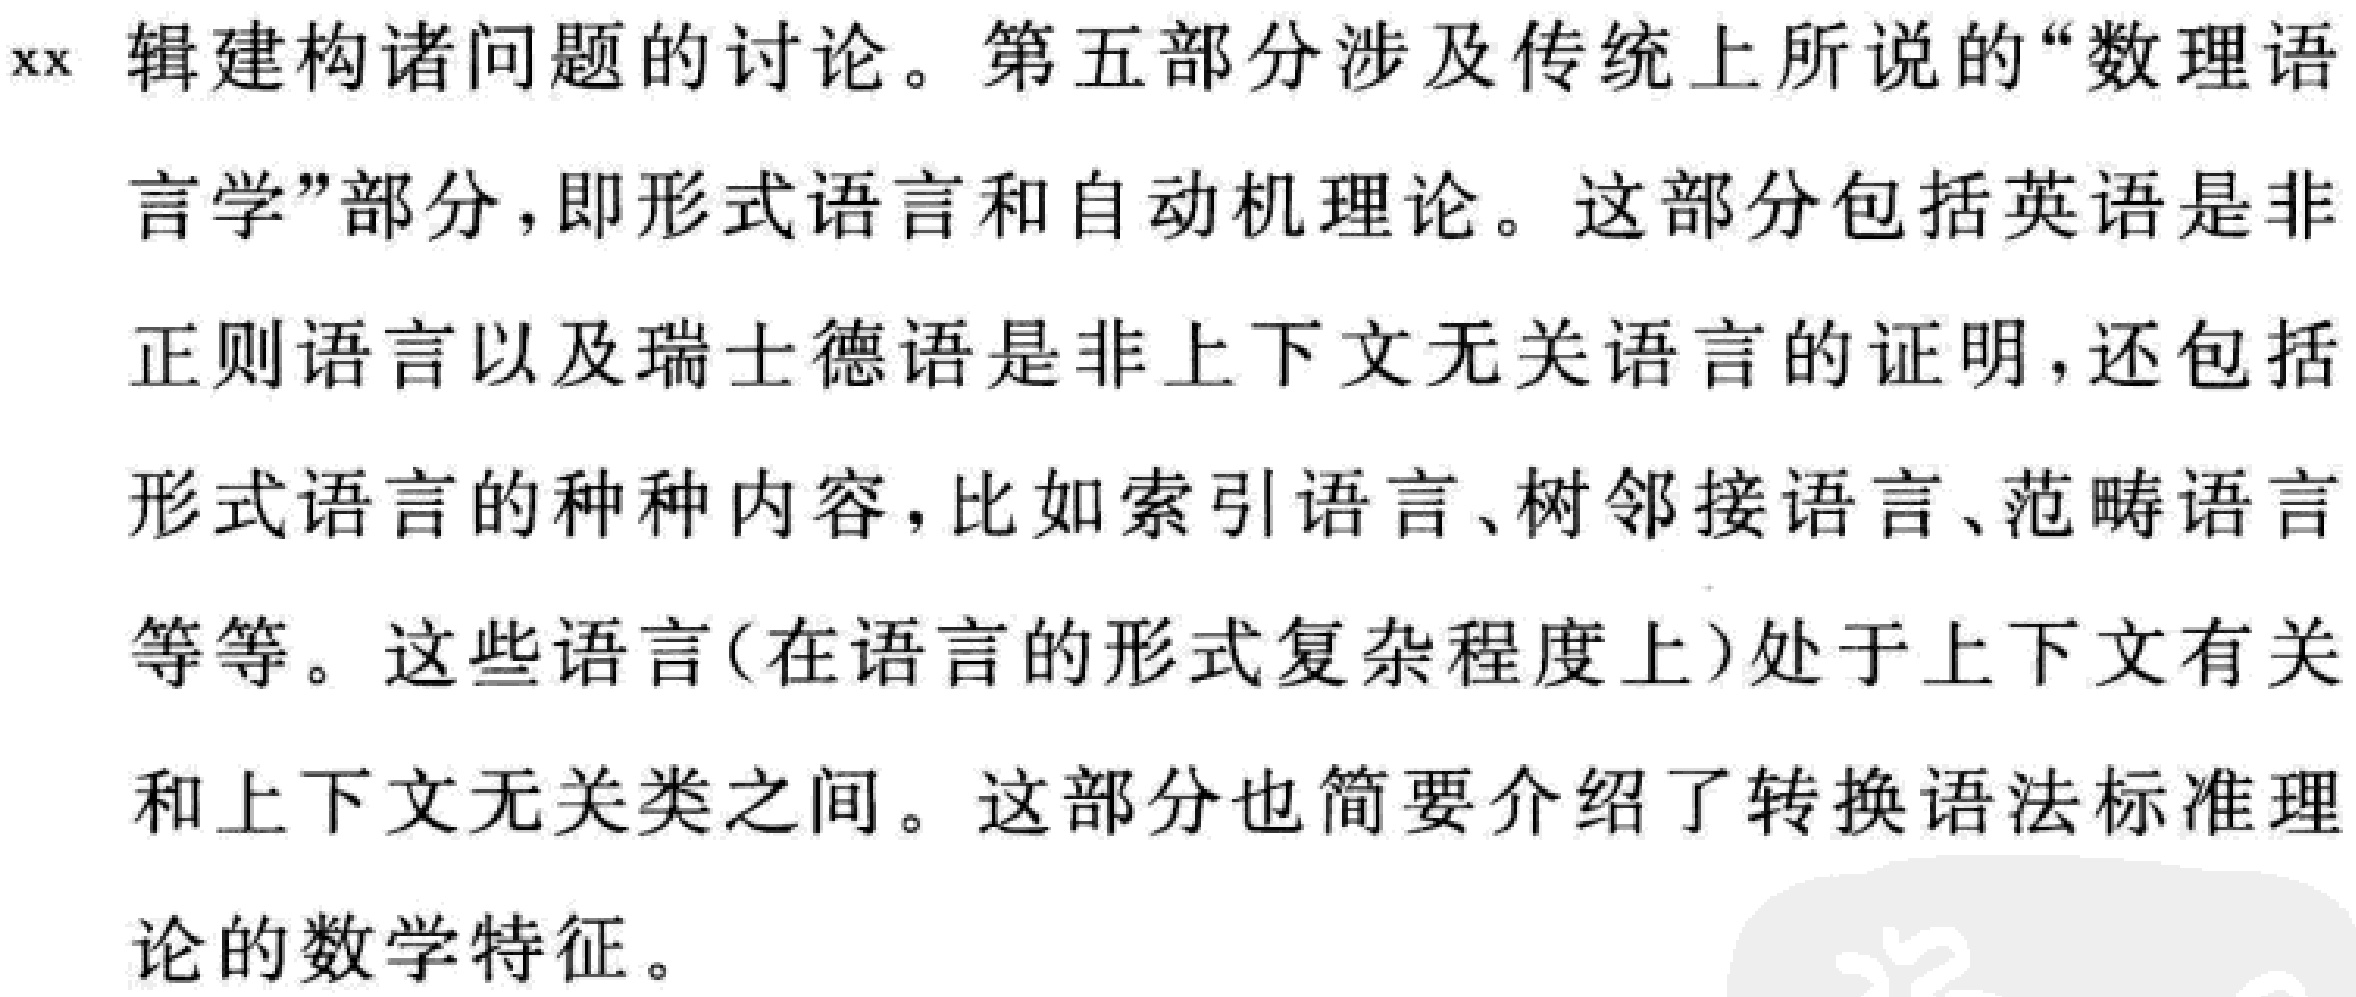
xx 辑建构诸问题的讨论。第五部分涉及传统上所说的“数理语言学”部分，即形式语言和自动机理论。这部分包括英语是非正则语言以及瑞士德语是非上下文无关语言的证明，还包括形式语言的种种内容，比如索引语言、树邻接语言、范畴语言等等。这些语言(在语言的形式复杂程度上)处于上下文有关和上下文无关类之间。这部分也简要介绍了转换语法标准理论的数学特征。